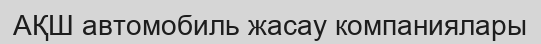
АҚШ автомобиль жасау компаниялары